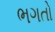
ભગતો